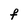
Character: F